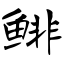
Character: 鲱